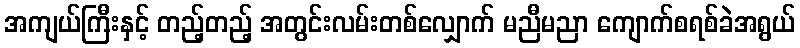
အကျယ်ကြီးနှင့် တည့်တည့် အတွင်းလမ်းတစ်လျှောက် မညီမညာ ကျောက်စရစ်ခဲအရွယ်